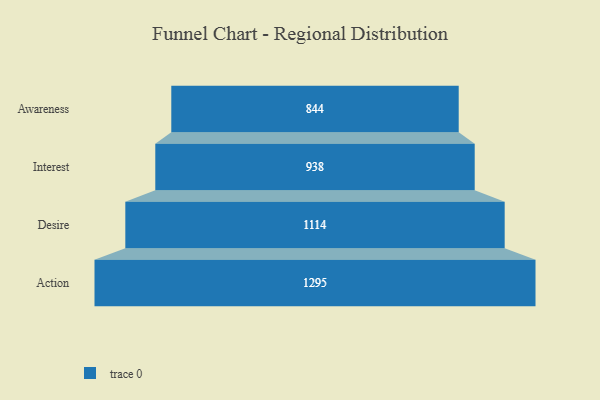
{"axis": {"x": "Stage", "y": "Value"}, "legend": [""], "data": [{"x": "Awareness", "y": 844.0, "type": ""}, {"x": "Interest", "y": 938.0, "type": ""}, {"x": "Desire", "y": 1114.0, "type": ""}, {"x": "Action", "y": 1295.0, "type": ""}]}